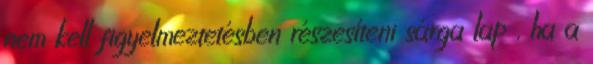
nem kell figyelmeztetésben részesíteni sárga lap , ha a